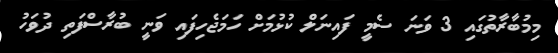
މިމުބާރާތުގައި 3 ވަނަ ސެމީ ފައިނަލް ކުޅުމަށް ހަމަޖެހިފައި ވަނީ ބުރާސްފަތި ދުވަހު